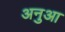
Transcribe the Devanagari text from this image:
अनुआ